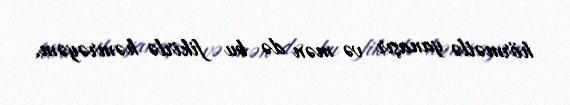
hörmətlə yanaşır və mən də bu fikirlə həmrəyəm.